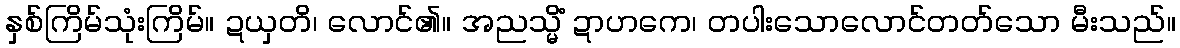
နှစ်ကြိမ်သုံးကြိမ်။ ဍယှတိ၊ လောင်၏။ အညသ္မိံ ဍာဟကေ၊ တပါးသောလောင်တတ်သော မီးသည်။